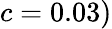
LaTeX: c=0.03)